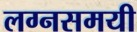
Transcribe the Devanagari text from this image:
लग्नसमयी